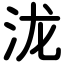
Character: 泷